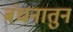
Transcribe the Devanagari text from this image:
बंधनातुन